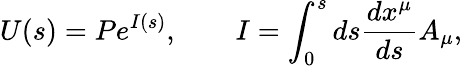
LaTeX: U(s)=Pe^{I(s)},\qquad I=\int_{0}^{s}ds\frac{dx^{\mu}}{ds}A_{\mu},